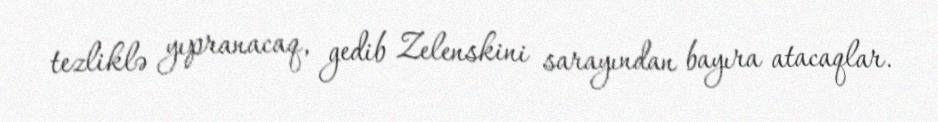
tezliklə yıpranacaq, gedib Zelenskini sarayından bayıra atacaqlar.